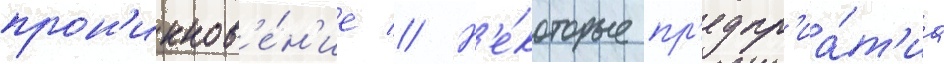
прон'икнов'е́н'ие // Н'е́которые пр'едпр'иа́т'иа